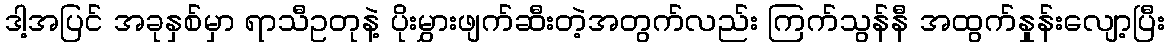
ဒါ့အပြင် အခုနှစ်မှာ ရာသီဥတုနဲ့ ပိုးမွှားဖျက်ဆီးတဲ့အတွက်လည်း ကြက်သွန်နီ အထွက်နှုန်းလျော့ပြီး